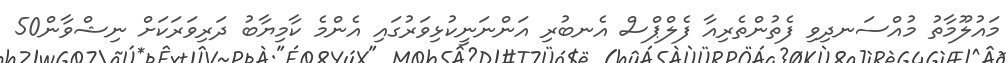
މައުލޫމާތު މުއްސަނދިވި ފެތުންތެރިއާ ފެލްޕްސް އެނބުރި އަންނަނީކުޅިވަރުގައި އެންމެ ކާމިޔާބު ދަރިވަރަކަށް ނިޝްވާން50